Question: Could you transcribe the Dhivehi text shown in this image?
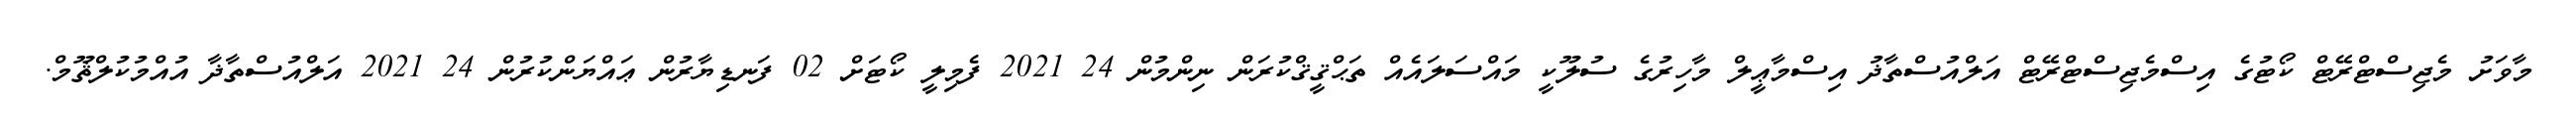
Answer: މާވަށު މެޖިސްޓްރޭޓް ކޯޓުގެ އިސްމެޖިސްޓްރޭޓް އަލްއުސްތާޛު އިސްމާޢީލް މާހިރުގެ ސުލޫކީ މައްސަލައެއް ތަޙްޤީޤްކުރަން ނިންމުން 24 2021 ފެމިލީ ކޯޓަށް 02 ފަނޑިޔާރުން ޢައްޔަންކުރުން 24 2021 އަލްއުސްތާޛާ އުއްމުކުލްޘޫމް.